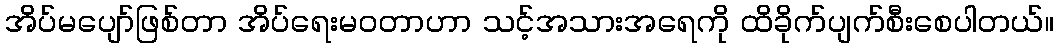
အိပ်မပျော်ဖြစ်တာ အိပ်ရေးမဝတာဟာ သင့်အသားအရေကို ထိခိုက်ပျက်စီးစေပါတယ်။